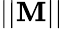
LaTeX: \left|\left|\mathbf{M}\right|\right|